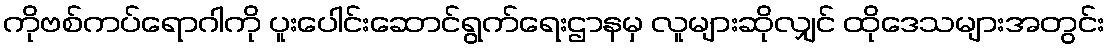
ကိုဗစ်ကပ်ရောဂါကို ပူးပေါင်းဆောင်ရွက်ရေးဌာနမှ လူများဆိုလျှင် ထိုဒေသများအတွင်း